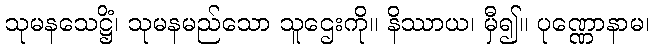
သုမနသေဋ္ဌိံ၊ သုမနမည်သော သူဌေးကို။ နိဿာယ၊ မှီ၍။ ပုဏ္ဏောနာမ၊